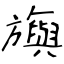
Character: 旟